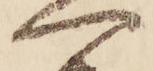
へ